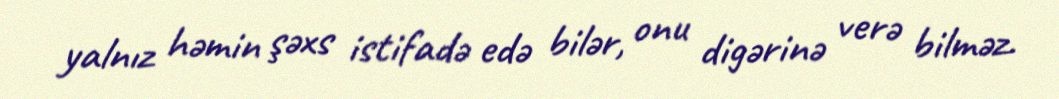
yalnız həmin şəxs istifadə edə bilər, onu digərinə verə bilməz.